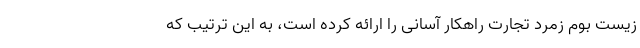
زیست بوم زمرد تجارت راهکار آسانی را ارائه کرده است، به این ترتیب که